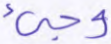
وجيء